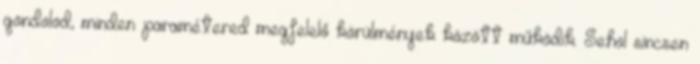
gondolod, minden paramétered megfelelő körülmények között működik. Sehol sincsen